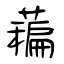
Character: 藊